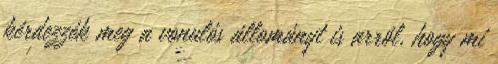
kérdezzék meg a vonulós állományt is arról, hogy mi